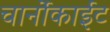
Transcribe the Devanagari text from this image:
चार्नोकाईट